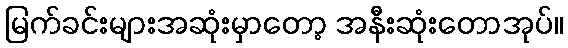
မြက်ခင်းများအဆုံးမှာတော့ အနီးဆုံးတောအုပ်။